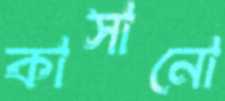
কাসানো